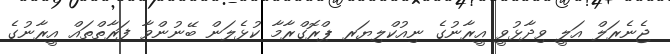
ޖެނެރަލް އަލީ ވިދާޅުވީ އީރާނުގެ ނިއުކްލިޔަރ ޕްރޮގްރާމާ ކުޅެލަން ބޭނުންވާ ފަރާތްތައް އީރާނުގެ